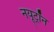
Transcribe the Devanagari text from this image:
नयूट्रॉन